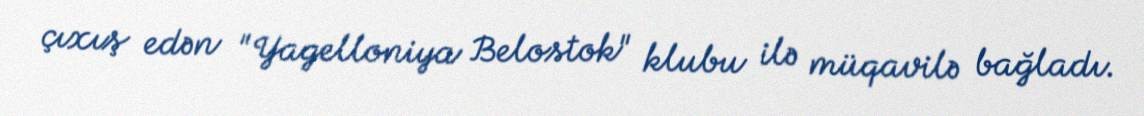
çıxış edən "Yagelloniya Belostok" klubu ilə müqavilə bağladı.